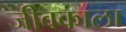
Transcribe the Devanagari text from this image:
जीवकाला